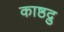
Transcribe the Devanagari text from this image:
काष्ठद्रु